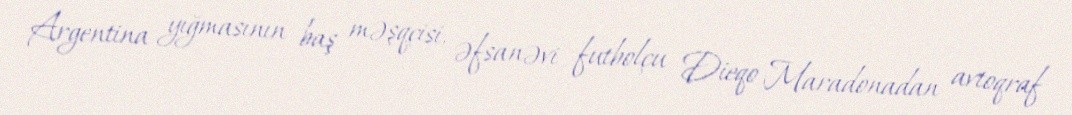
Argentina yığmasının baş məşqçisi, əfsanəvi futbolçu Dieqo Maradonadan avtoqraf